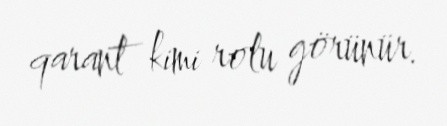
qarant kimi rolu görünür.